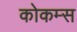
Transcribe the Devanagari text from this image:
कोकम्स